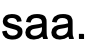
saa.